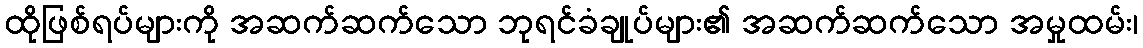
ထိုဖြစ်ရပ်များကို အဆက်ဆက်သော ဘုရင်ခံချုပ်များ၏ အဆက်ဆက်သော အမှုထမ်း၊